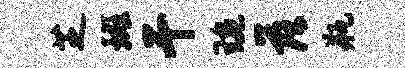
芝斑干琬落瓶